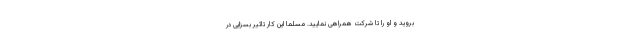
بروید و او را تا شرکت همراهی نمایید. مسلما این کار تاثیر بسزایی در